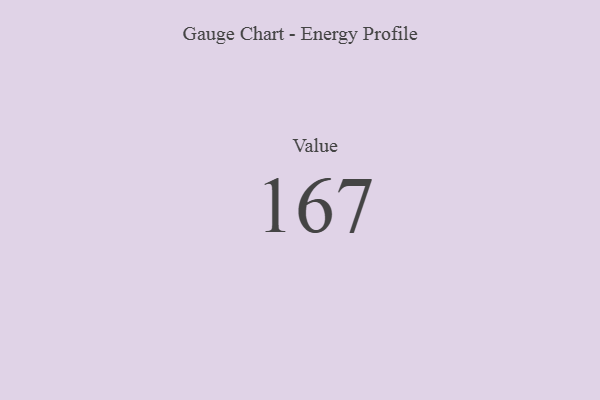
{"axis": {"x": "Metric", "y": "Value"}, "legend": [""], "data": [{"x": "Value", "y": 167, "type": ""}]}